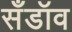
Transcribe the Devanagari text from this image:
सँडॉव